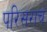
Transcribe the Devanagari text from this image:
परिसराचं